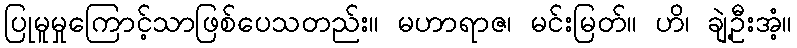
ပြုမူမှုကြောင့်သာဖြစ်ပေသတည်း။ မဟာရာဇ၊ မင်းမြတ်။ ဟိ၊ ချဲ့ဦးအံ့။